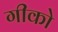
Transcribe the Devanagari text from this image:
गीको